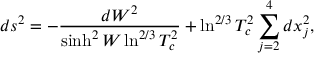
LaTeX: d s ^ { 2 } = - \frac { d W ^ { 2 } } { \sinh ^ { 2 } W \ln ^ { 2 / 3 } T _ { c } ^ { 2 } } + \ln ^ { 2 / 3 } T _ { c } ^ { 2 } \sum _ { j = 2 } ^ { 4 } d x _ { j } ^ { 2 } ,